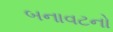
બનાવટનો